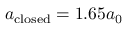
a _ { \mathrm { c l o s e d } } = 1 . 6 5 a _ { 0 }